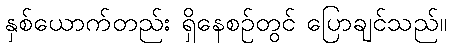
နှစ်ယောက်တည်း ရှိနေစဉ်တွင် ပြောချင်သည်။